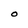
Character: O